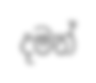
දමන්